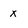
Character: x